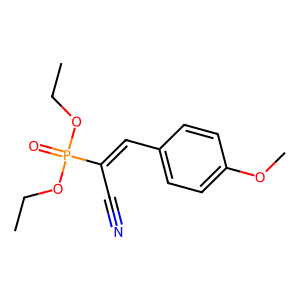
SMILES: CCOP(=O)(OCC)C(C#N)=Cc1ccc(OC)cc1
Inhibits HIV replication: No